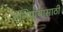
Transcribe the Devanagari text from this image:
अभिप्रायासाठी